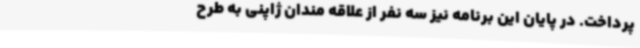
پرداخت. در پایان این برنامه نیز سه نفر از علاقه مندان ژاپنی به طرح